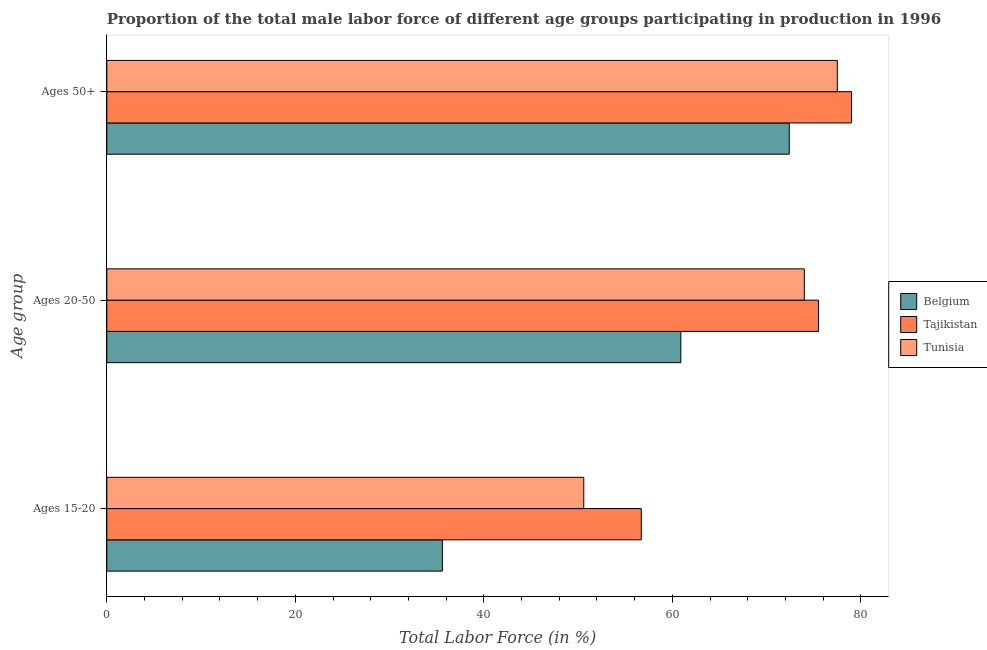
| Age group | Belgium | Tajikistan | Tunisia |
 | --- | --- | --- | --- |
 | Ages 15-20 | 35.6 | 56.7 | 50.6 |
 | Ages 20-50 | 60.9 | 75.5 | 74 |
 | Ages 50+ | 72.4 | 79 | 77.5 |